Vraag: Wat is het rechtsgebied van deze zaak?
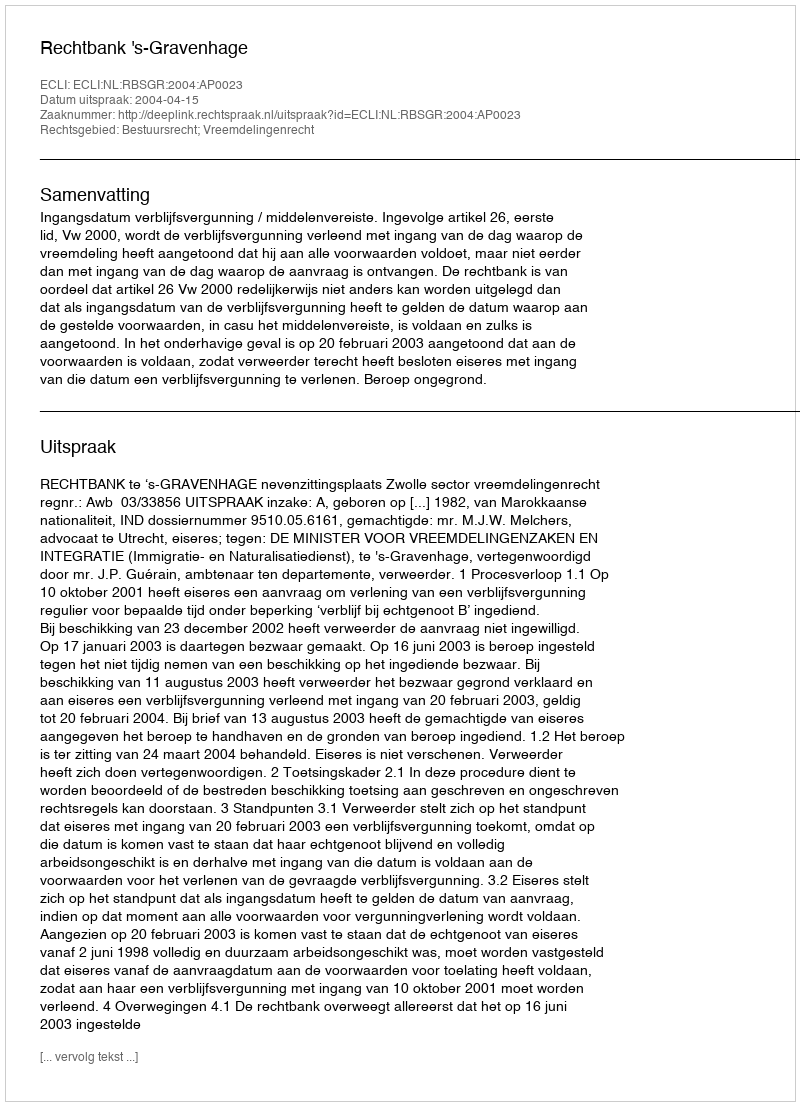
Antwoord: Bestuursrecht; Vreemdelingenrecht